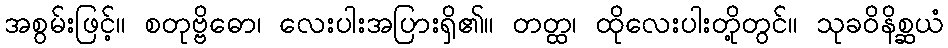
အစွမ်းဖြင့်။ စတုဗ္ဗိဓော၊ လေးပါးအပြားရှိ၏။ တတ္ထ၊ ထိုလေးပါးတို့တွင်။ သုခဝိနိစ္ဆယံ